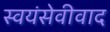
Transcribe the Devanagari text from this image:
स्वयंसेवीवाद